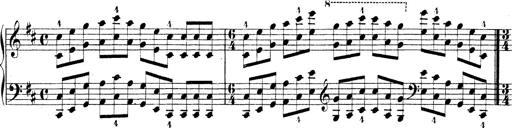
Title: Technische Studien
Composer: Franz Liszt